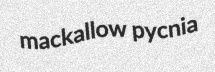
mackallow pycnia